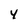
Character: 4